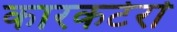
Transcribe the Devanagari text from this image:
कारकटेर्रा